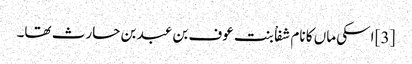
[3] اسکی ماں کا نام شفاْ بنت عوف بن عبد بن حارث تھا۔